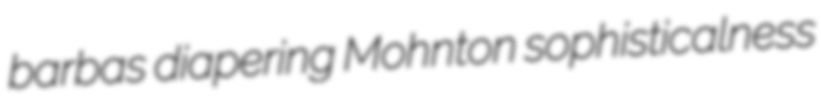
barbas diapering Mohnton sophisticalness